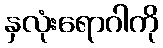
နှလုံးရောဂါကို